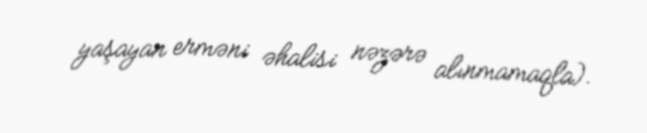
yaşayan erməni əhalisi nəzərə alınmamaqla).